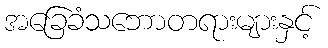
အခြေခံသဘောတရားများနှင့်